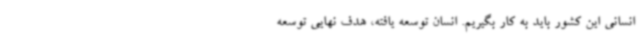
انسانی این کشور باید به کار بگیریم. انسان توسعه یافته، هدف نهایی توسعه